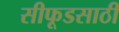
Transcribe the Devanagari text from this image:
सीफूडसाठी